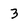
Character: 3